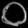
Digit: ၀